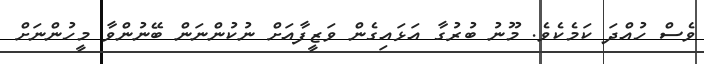
ވެސް ހުއްދަ ކަމެކެވެ. މޫނު ބުރުގާ އަޅައިގެން ވަޒީފާއަށް ނުކުންނަން ބޭނުންވާ މީހުންނަށް